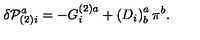
\delta { \cal P } _ { ( 2 ) i } ^ { a } = - G _ { i } ^ { ( 2 ) a } + \left( D _ { i } \right) _ { b } ^ { a } \pi ^ { b } .